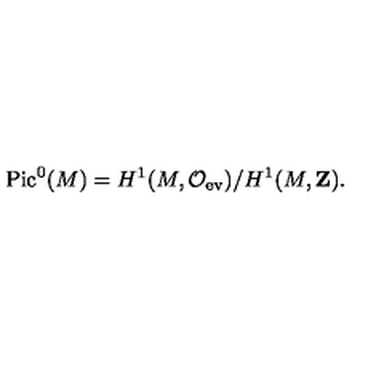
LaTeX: \mathrm { P i c } ^ { 0 } ( M ) = H ^ { 1 } ( M , { \cal O } _ { \mathrm { e v } } ) / H ^ { 1 } ( M , { \bf Z } ) .